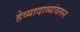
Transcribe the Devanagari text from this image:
हेव्यादाव्यांवरून